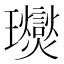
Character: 𤫙